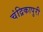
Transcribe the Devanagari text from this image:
चंद्रिकापुरी